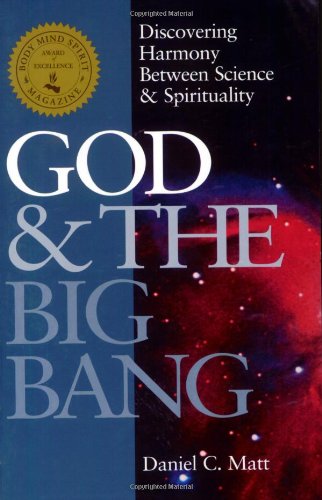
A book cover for God & the Big Bang: Discovering Harmony between Science & Spirituality; Daniel C Matt; Religion & Spirituality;